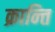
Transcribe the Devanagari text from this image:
क्रान्‍ति